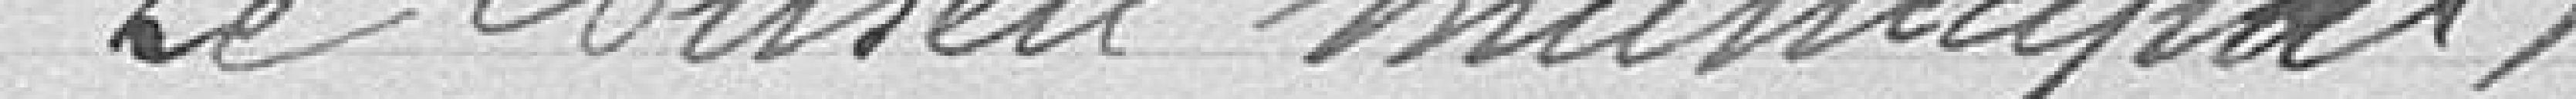
Le Conseil Municipal,